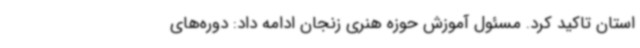
استان تاکید کرد. مسئول آموزش حوزه هنری زنجان ادامه داد: دوره‌های